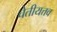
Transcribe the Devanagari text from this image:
चेतीयत्तव